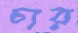
চার